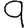
Digit: 9